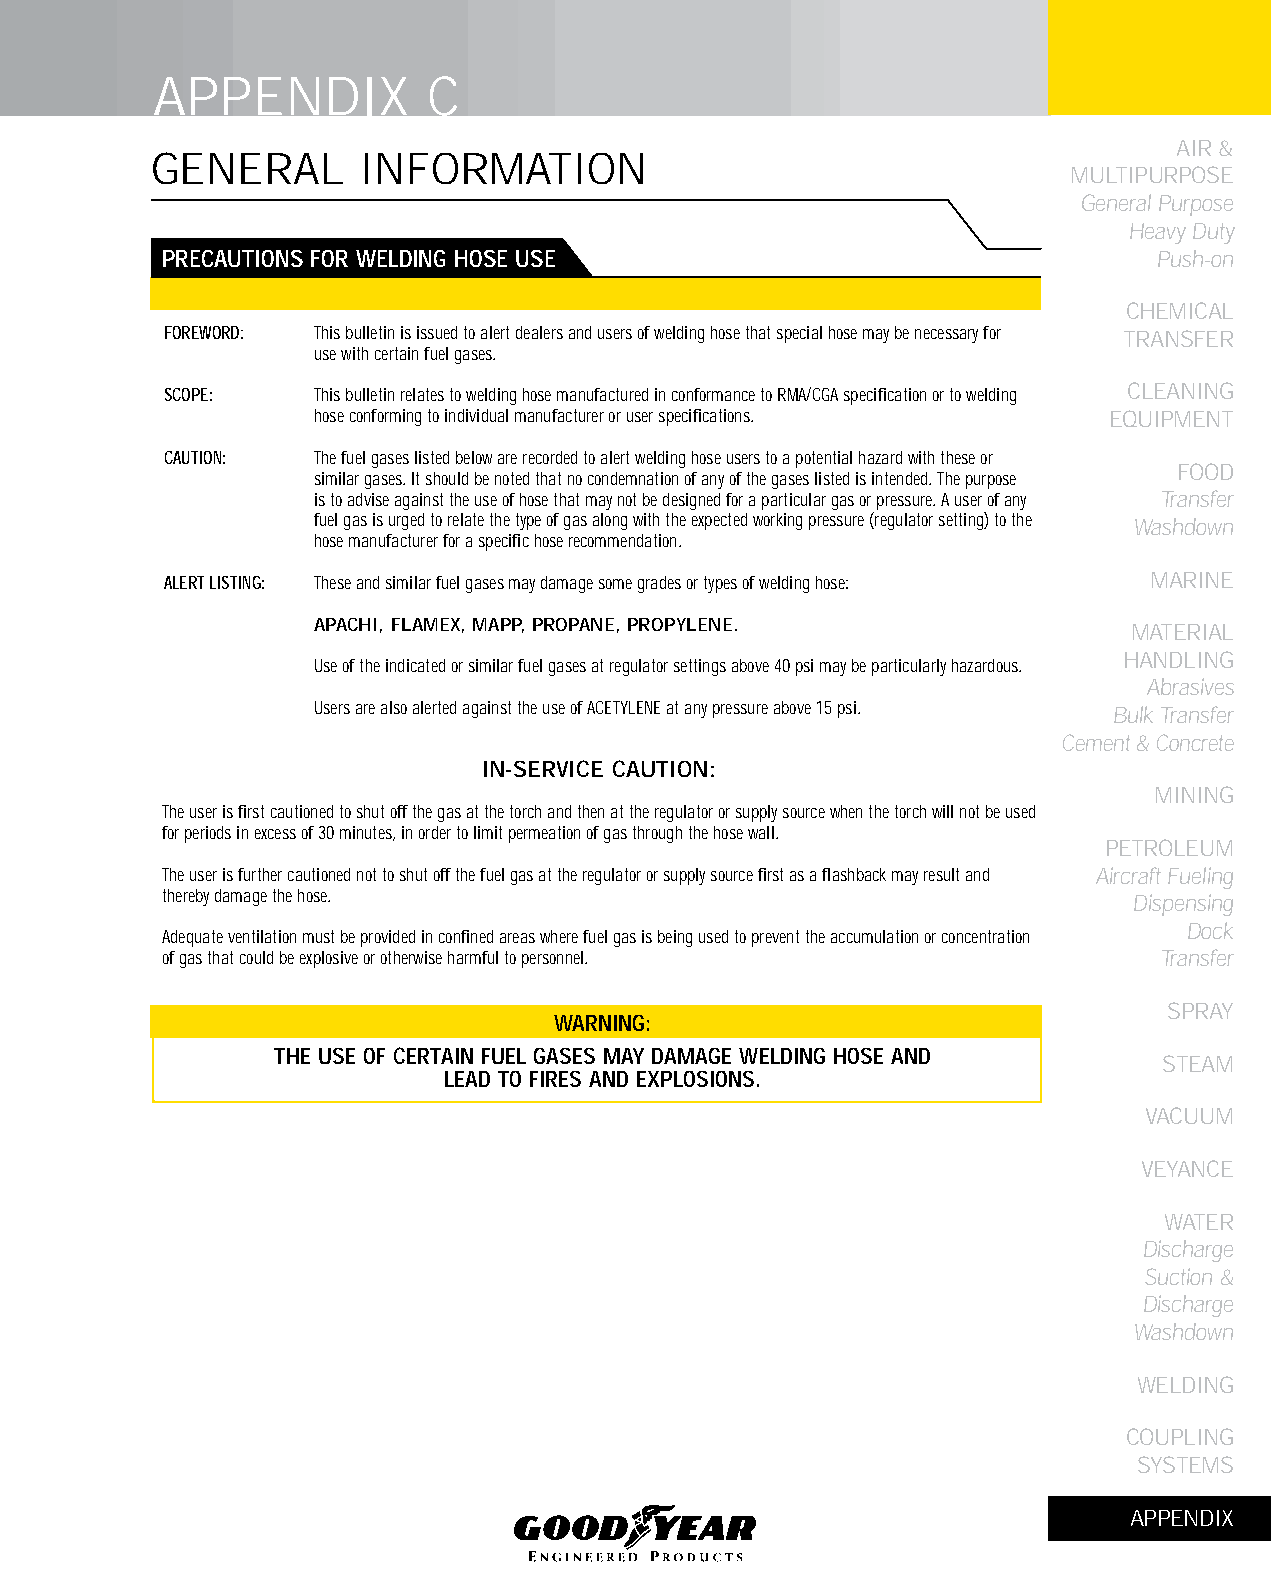
APPENDIX          C
 AIR &
 GENERAL       INFORMATION
 MULTIPURPOSE
 General Purpose
 Heavy Duty
 PRECAUTIONS fOR WELDING HOSE USE                                  Push-on
 CHEMICAL
 FOREWORD: This bulletin is issued to alert dealers and users of welding hose that special hose may be necessary for TRANSFER
 use with certain fuel gases.
 SCOPE:    This bulletin relates to welding hose manufactured in conformance to RMA/CGA specification or to welding CLEANING
 hose conforming to individual manufacturer or user specifications. EqUIPMENT
 CAUTION:  The fuel gases listed below are recorded to alert welding hose users to a potential hazard with these or
 FOOD
 similar gases. It should be noted that no condemnation of any of the gases listed is intended. The purpose
 is to advise against the use of hose that may not be designed for a particular gas or pressure. A user of any Transfer
 fuel gas is urged to relate the type of gas along with the expected working pressure (regulator setting) to the Washdown
 hose manufacturer for a specific hose recommendation.
 ALERT LISTING: These and similar fuel gases may damage some grades or types of welding hose: MARINE
 APACHI, FLAMEX, MAPP, PROPANE, PROPYLENE.             MATERIAL
 HANDLING
 Use of the indicated or similar fuel gases at regulator settings above 40 psi may be particularly hazardous.
 Abrasives
 Users are also alerted against the use of ACETYLENE at any pressure above 15 psi. Bulk Transfer
 Cement & Concrete
 IN-SERVICE CAUTION:
 MINING
 The user is first cautioned to shut off the gas at the torch and then at the regulator or supply source when the torch will not be used
 for periods in excess of 30 minutes, in order to limit permeation of gas through the hose wall.
 PETROLEUM
 The user is further cautioned not to shut off the fuel gas at the regulator or supply source first as a flashback may result and Aircraft Fueling
 thereby damage the hose.                                        Dispensing
 Dock
 Adequate ventilation must be provided in confined areas where fuel gas is being used to prevent the accumulation or concentration
 of gas that could be explosive or otherwise harmful to personnel. Transfer
 SPRAY
 WARNING:
 THE USE Of CERTAIN fUEL GASES MAy DAMAGE WELDING HOSE AND
 STEAM
 LEAD TO fIRES AND EXPLOSIONS.
 VACUUM
 VEYANCE
 WATER
 Discharge
 Suction &
 Discharge
 Washdown
 WELDING
 COUPLING
 SYSTEMS
 APPENDIX
 325